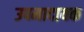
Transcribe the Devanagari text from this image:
उपमादायक